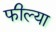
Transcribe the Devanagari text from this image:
फील्या